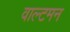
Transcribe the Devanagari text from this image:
वाल्टमन